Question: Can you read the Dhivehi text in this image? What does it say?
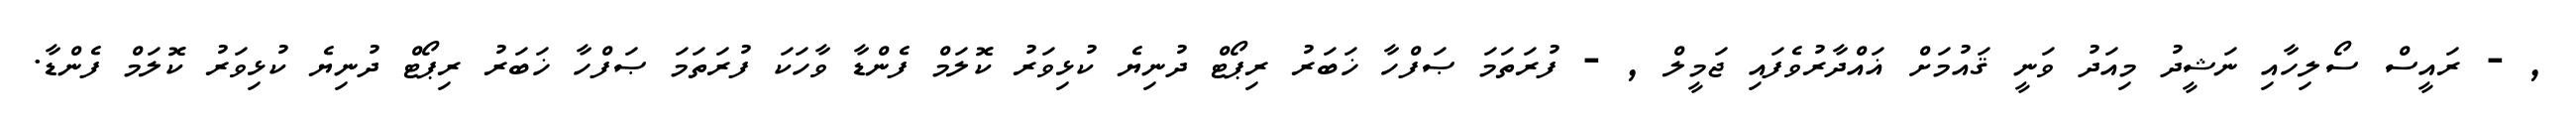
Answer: , - ރައީސް ސޯލިހާއި ނަޝީދު މިއަދު ވަނީ ޤައުމަށް ޣައްދާރުވެފައި ޖަމީލް , - ފުރަތަމަ ޞަފްހާ ޚަބަރު ރިޕޯޓް ދުނިޔެ ކުޅިވަރު ކޮލަމް ފެންޑާ ވާހަކަ ފުރަތަމަ ޞަފްހާ ޚަބަރު ރިޕޯޓް ދުނިޔެ ކުޅިވަރު ކޮލަމް ފެންޑާ.